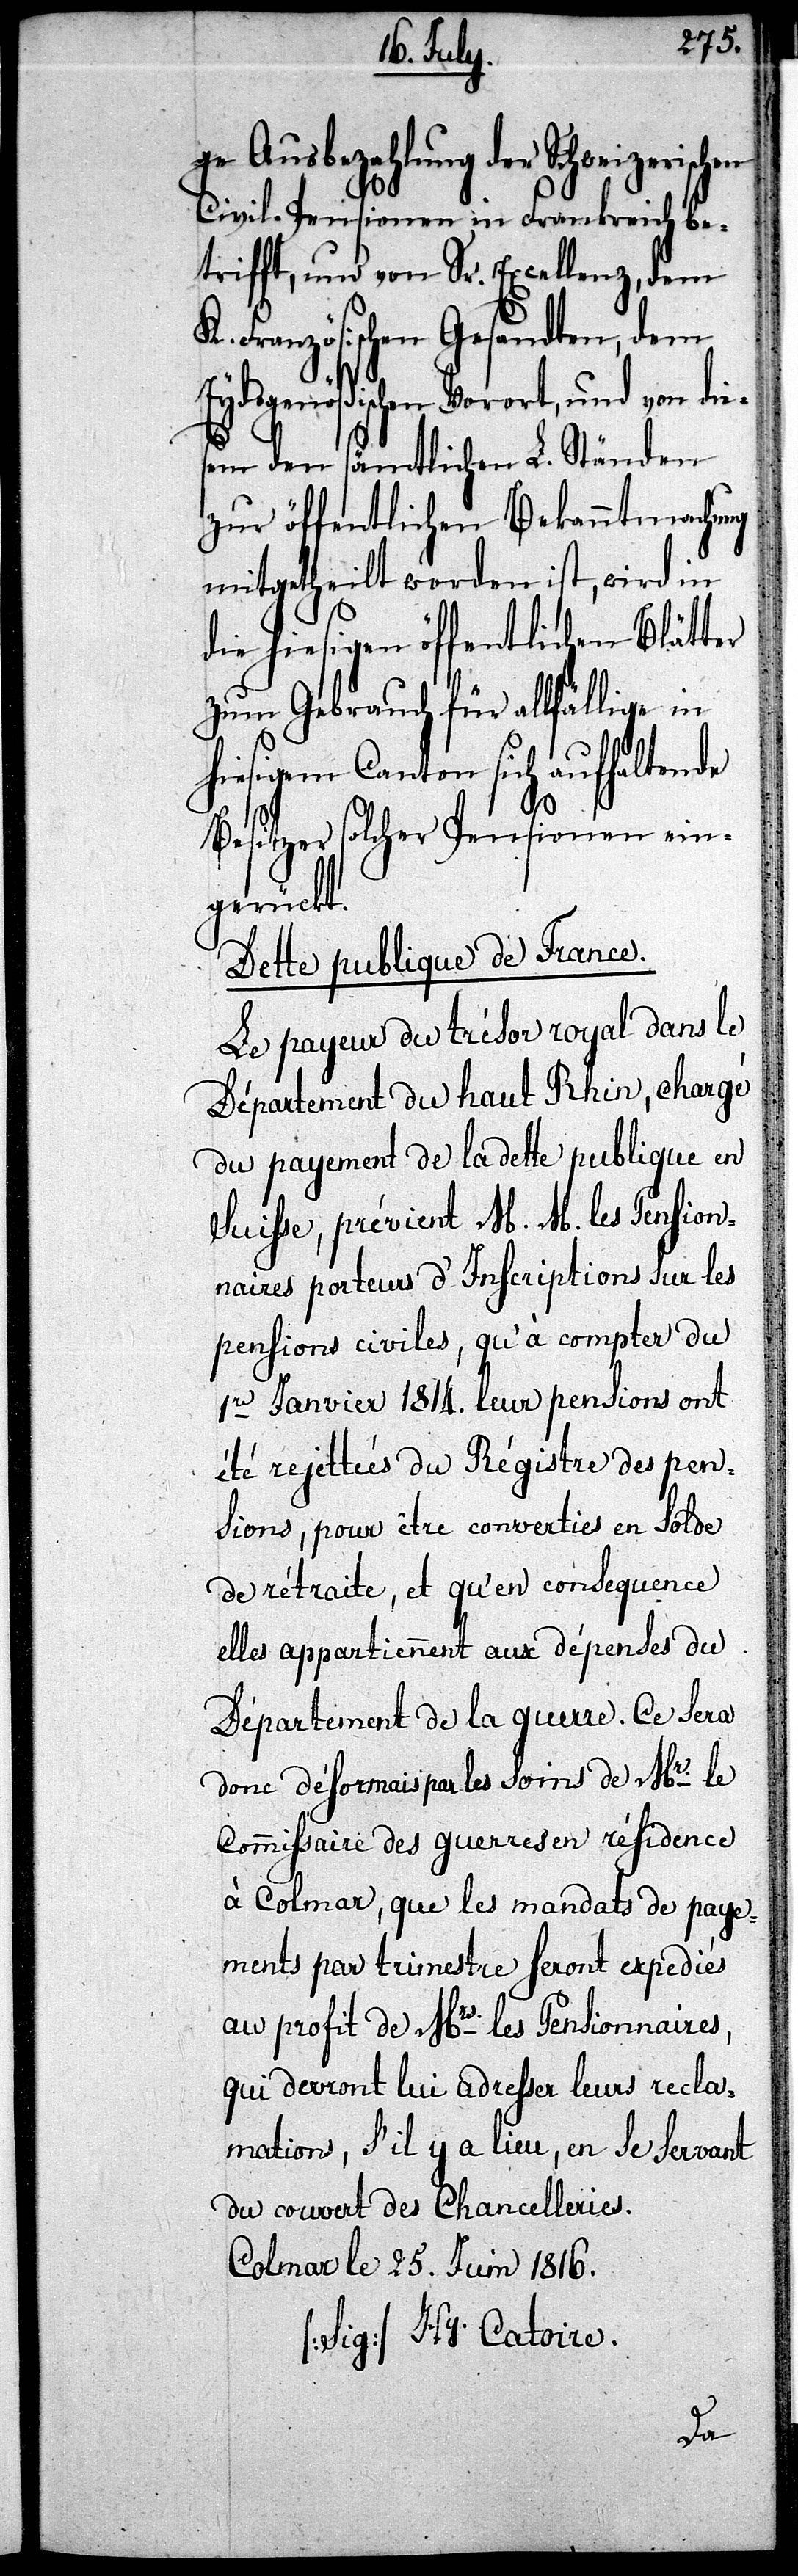
ge Ausbezahlung der Schweiz¬
Civil-Pensionen in Frankreich be¬
trifft, und von Sr. Excellenz, dem
Französischen Gesandten, dem
Eydsgenößischen Vorort, und von die¬
sem den sämtlichen L. Ständen
zur öffentlichen Bekanntmachung
mitgetheilt worden ist, wird in
die hiesigen öffentlichen Blätter
zum Gebrauch für allfällige in
hiesigem Canton sich aufhaltende
Besitzer solcher Pensionen ein¬
gerückt.
Dette publique de France.
Le payeux du trésor royal dans le
Département du Haut Rhin, chargé
du payement de la dette publique en
Suisse, prévient M. M. les Pension¬
aires porteurs d’Inscriptions sur les
pensions civiles, qu’à compter du
1er Janvier 1814. leur pensions ont
été rejettées du Régistre des pens¬
ions, pour être converties en solde
de rétraite, et qu’en consequence
elles appartiennent aux dépendes du
Département de la guerre. Ce sera
donc déformais par les soins de Mr. le
Commissaire des guerres en résidence
à Colmar, que les mandats de paye¬
ments par trimestre feront expediés
au profit de Mrs. les Pensionnaires,
qui devront lui adresser leurs recla¬
mations, s’il y a lieu, en se servant
du couvert des Chancelleries.
Colmar le 25. Juin 1816.
[Sig] Hy Catoire.